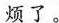
烦了。